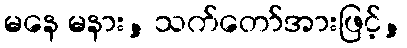
မနေ မနား, သက်တော်အားဖြင့်,